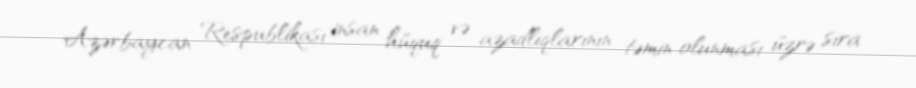
Azərbaycan Respublikası insan hüquq və azadlıqlarının təmin olunması üzrə sıra